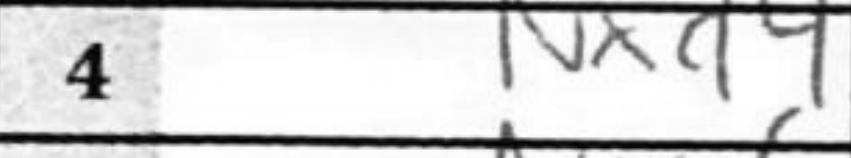
Transcription: Nxd4